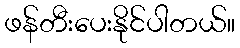
ဖန်တီးပေးနိုင်ပါတယ်။